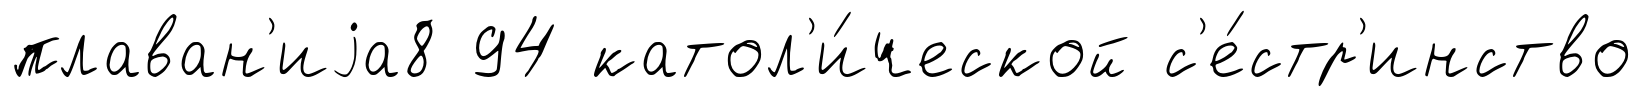
плаван'иjа8 94 катол'и́ческой с'е́стр'инство